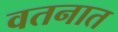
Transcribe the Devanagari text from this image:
वतनात